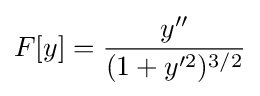
F[y]={\frac {y''}{(1+y'^{2})^{3/2}}}